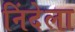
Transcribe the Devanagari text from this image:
निंदेला